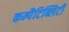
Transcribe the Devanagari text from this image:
कम्पैटिब्लिटी